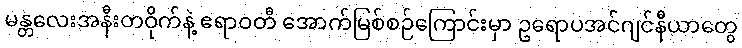
မန္တလေးအနီးတဝိုက်နဲ့ ဧရာဝတီ အောက်မြစ်စဉ်ကြောင်းမှာ ဥရောပအင်ဂျင်နီယာတွေ